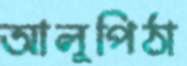
আলুপিঠা